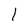
Character: 1